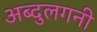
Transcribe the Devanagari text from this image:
अब्दुलगनी